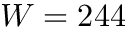
W = 2 4 4